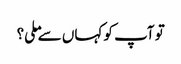
تو آپ کو کہاں سے ملی؟